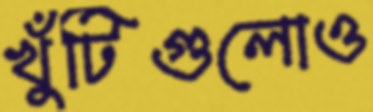
খুঁটিগুলোও